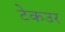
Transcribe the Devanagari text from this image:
टेकउर